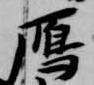
鴈